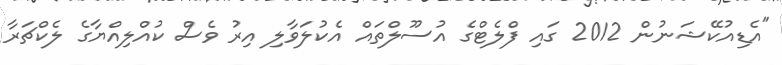
"އެޑިއުކޭޝަނުން 2012 ގައި ފްލެޓްގެ އުސޫލްތައް އެކުލަވާލި އިރު ވެސް ކުއްލިއްޔާގެ ލެކްޗަރާ